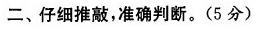
二、仔细推敲，准确判断。（5分）